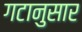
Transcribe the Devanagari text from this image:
गटानुसार